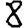
Digit: 8